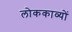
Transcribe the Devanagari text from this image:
लोककाव्यों